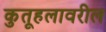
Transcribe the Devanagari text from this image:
कुतूहलावरील